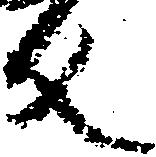
反